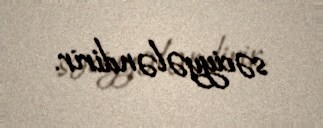
səciyyələndirir.